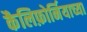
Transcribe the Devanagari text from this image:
कैलिफ़ोर्नियाच्या